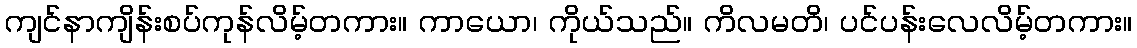
ကျင်နာကျိန်းစပ်ကုန်လိမ့်တကား။ ကာယော၊ ကိုယ်သည်။ ကိလမတိ၊ ပင်ပန်းလေလိမ့်တကား။